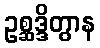
ဥစ္ဆဒ္ဒိတွာန